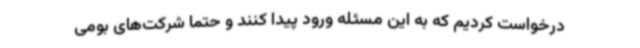
درخواست کردیم که به این مسئله ورود پیدا کنند و حتماً شرکت‌های بومی